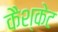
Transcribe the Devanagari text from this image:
कैश्केट